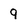
Character: 9